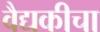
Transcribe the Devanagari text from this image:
वैद्यकीचा